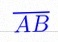
\overline{AB}